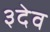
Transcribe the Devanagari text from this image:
३देव